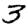
Digit: 3